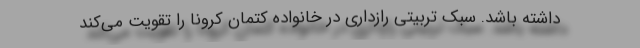
داشته باشد. سبک تربیتی رازداری در خانواده کتمان کرونا را تقویت می‌کند